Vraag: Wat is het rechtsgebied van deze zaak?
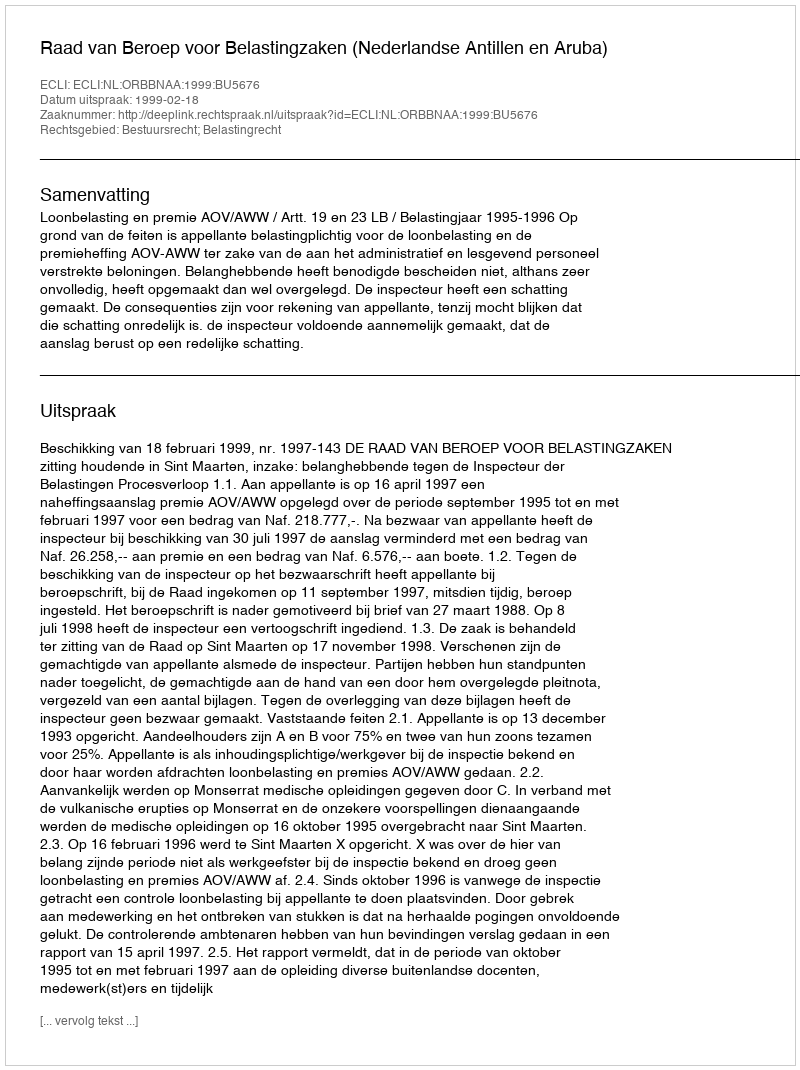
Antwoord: Bestuursrecht; Belastingrecht